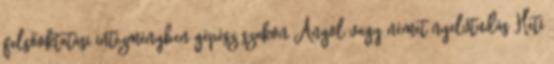
felsőoktatási intézményben gépész szakon Angol vagy német nyelvtudás Heti